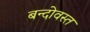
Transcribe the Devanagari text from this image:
बन्दोवस्त